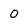
Character: 0